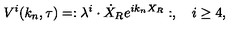
V ^ { i } ( k _ { n } , \tau ) = : \lambda ^ { i } \cdot \dot { X } _ { R } e ^ { i k _ { n } X _ { R } } : , \quad i \ge 4 ,